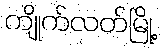
ကျိုက်လတ်မြို့